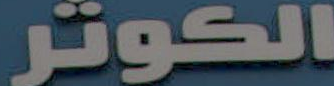
الكوتر